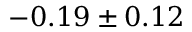
- 0 . 1 9 \pm 0 . 1 2